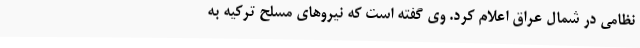
نظامی در شمال عراق اعلام کرد. وی گفته است که نیروهای مسلح ترکیه به